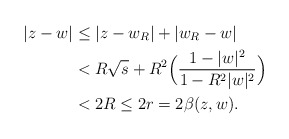
\begin{align*}|z-w|&\leq |z-w_R|+|w_R-w|\\&< R\sqrt{s}+R^2\Big( \dfrac{1-|w|^2}{1-R^2 |w|^2}\Big)\\&< 2R\leq 2r=2\beta(z,w).\end{align*}